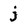
Character: j